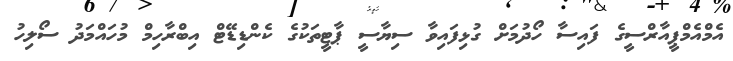
އެމްއެމްޕީއާރްސީގެ ފައިސާ ހޯދުމަށް ގުޅިފައިވާ ސިޔާސީ ޕާޓީތަކުގެ ކެންޑިޑޭޓް އިބްރާހިމް މުހައްމަދު ސޯލިހު